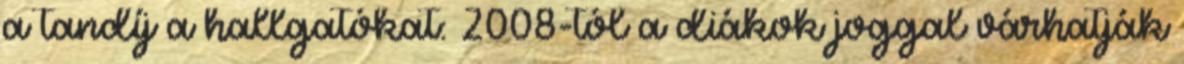
a tandíj a hallgatókat: 2008-tól a diákok joggal várhatják